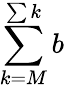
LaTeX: \sum\limits_{k=M}^{\sum k}b